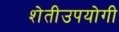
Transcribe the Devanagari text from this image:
शेतीउपयोगी